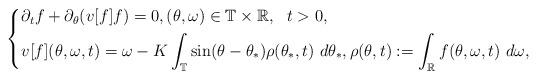
LaTeX: \begin{align*} \begin{dcases}\partial_t f + \partial_{\theta} (v[f] f) = 0, (\theta, \omega) \in \mathbb T \times \mathbb R,~~t > 0, \\ v[f](\theta, \omega, t) = \omega - K \int_{\mathbb T} \sin(\theta-\theta_*) \rho(\theta_*, t) ~ d\theta_*, \rho(\theta, t) := \int_{\mathbb R} f(\theta, \omega, t) ~ d\omega,\end{dcases}\end{align*}